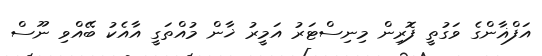
އަފްޣާންގެ ވަގުތީ ފޮރިން މިނިސްޓަރު އަމީރު ޚާން މުއްތަގީ އާއެކު ބޭއްވި ނޫސް